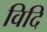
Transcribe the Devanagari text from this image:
विदि